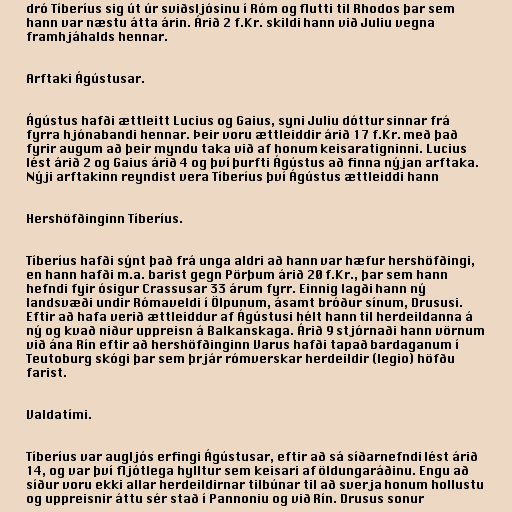
dró Tíberíus sig út úr sviðsljósinu í Róm og flutti til Rhodos þar sem
hann var næstu átta árin. Árið 2 f.Kr. skildi hann við Juliu vegna
framhjáhalds hennar.

Arftaki Ágústusar.

Ágústus hafði ættleitt Lucius og Gaius, syni Juliu dóttur sinnar frá
fyrra hjónabandi hennar. Þeir voru ættleiddir árið 17 f.Kr. með það
fyrir augum að þeir myndu taka við af honum keisaratigninni. Lucius
lést árið 2 og Gaius árið 4 og því þurfti Ágústus að finna nýjan arftaka.
Nýji arftakinn reyndist vera Tíberíus því Ágústus ættleiddi hann

Hershöfðinginn Tíberíus.

Tíberíus hafði sýnt það frá unga aldri að hann var hæfur hershöfðingi,
en hann hafði m.a. barist gegn Pörþum árið 20 f.Kr., þar sem hann
hefndi fyir ósigur Crassusar 33 árum fyrr. Einnig lagði hann ný
landsvæði undir Rómaveldi í Ölpunum, ásamt bróður sínum, Drususi.
Eftir að hafa verið ættleiddur af Ágústusi hélt hann til herdeildanna á
ný og kvað niður uppreisn á Balkanskaga. Árið 9 stjórnaði hann vörnum
við ána Rín eftir að hershöfðinginn Varus hafði tapað bardaganum í
Teutoburg skógi þar sem þrjár rómverskar herdeildir (legio) höfðu
farist.

Valdatími.

Tíberíus var augljós erfingi Ágústusar, eftir að sá síðarnefndi lést árið
14, og var því fljótlega hylltur sem keisari af öldungaráðinu. Engu að
síður voru ekki allar herdeildirnar tilbúnar til að sverja honum hollustu
og uppreisnir áttu sér stað í Pannoniu og við Rín. Drusus sonur